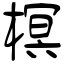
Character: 榠